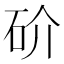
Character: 砎